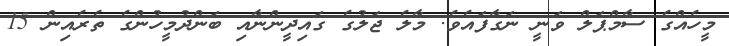
މީހެއްގެ ސާމްޕަލް ވަނީ ނަގާފައެވެ. މާލެ ޖަލުގެ ގައިދީންނާއި ބަންދުމީހުންގެ ތެރެއިން 15